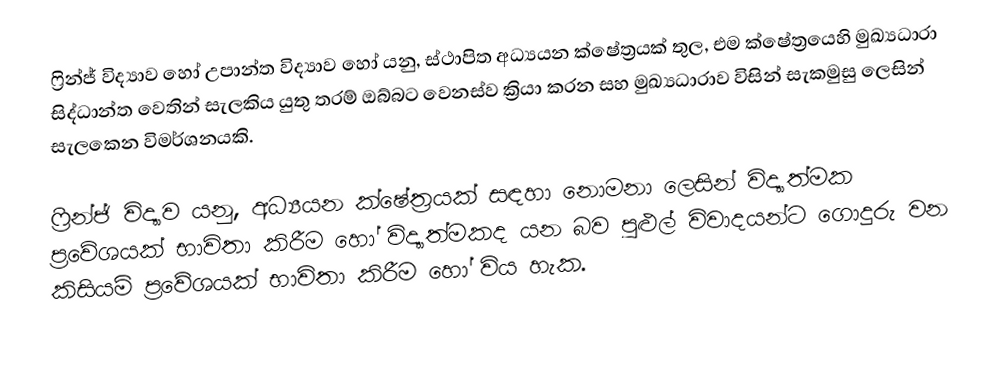
ෆ්‍රින්ජ් විද්‍යාව හෝ උපාන්ත විද්‍යාව  හෝ යනු,  ස්ථාපිත අධ්‍යයන ක්ෂේත්‍රයක් තුල,  එම ක්ෂේත්‍රයෙහි  මුඛ්‍යධාරා සිද්ධාන්ත වෙතින් සැලකිය යුතු තරම් ඔබ්බට වෙනස්ව ක්‍රියා කරන සහ මුඛ්‍යධාරාව විසින් සැකමුසු ලෙසින් සැලකෙන විමර්ශනයකි.

ෆ්‍රින්ජ් විද්‍යාව යනු,  අධ්‍යයන ක්ෂේත්‍රයක් සඳහා නොමනා ලෙසින් විද්‍යාත්මක ප්‍රවේශයක් භාවිතා කිරීම හෝ  විද්‍යාත්මකද යන බව පුළුල් විවාදයන්ට ගොදුරු වන කිසියම් ප්‍රවේශයක් භාවිතා කිරීම හෝ විය හැක.